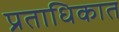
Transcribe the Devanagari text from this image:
प्रताधिकात